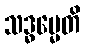
သဒ္ဓမ္မေတိ